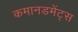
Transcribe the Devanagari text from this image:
कमानडमेंट्स